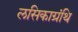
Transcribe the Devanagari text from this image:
लसिकाग्रंथि